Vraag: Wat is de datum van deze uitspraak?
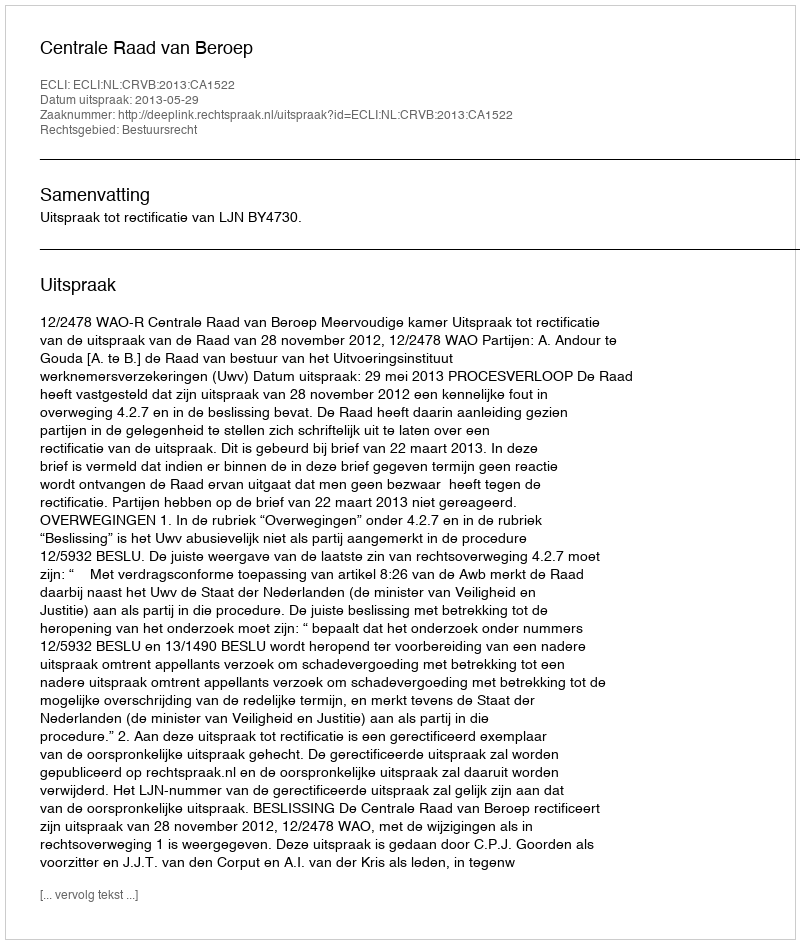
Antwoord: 2013-05-29